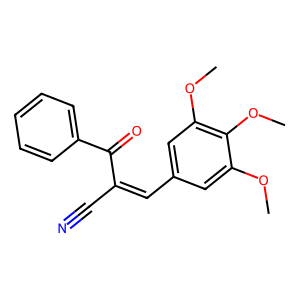
SMILES: COc1cc(C=C(C#N)C(=O)c2ccccc2)cc(OC)c1OC
Inhibits HIV replication: No